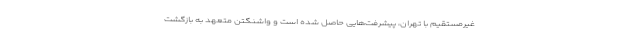
غیرمستقیم با تهران، پیشرفت‌هایی حاصل شده است و واشنگتن متعهد به بازگشت